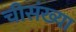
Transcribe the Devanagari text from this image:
चीसंख्या